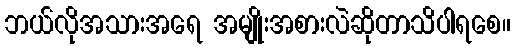
ဘယ်လိုအသားအရေ အမျိုးအစားလဲဆိုတာသိပါရစေ။